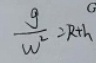
\frac { g } { w ^ { 2 } } = R + h